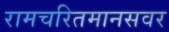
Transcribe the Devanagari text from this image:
रामचरितमानसवर